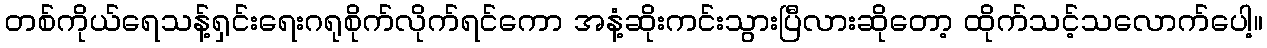
တစ်ကိုယ်ရေသန့်ရှင်းရေးဂရုစိုက်လိုက်ရင်ကော အနံ့ဆိုးကင်းသွားပြီလားဆိုတော့ ထိုက်သင့်သလောက်ပေါ့။